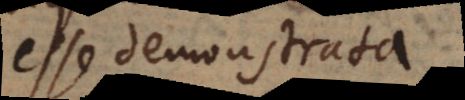
esse demonstrata.